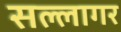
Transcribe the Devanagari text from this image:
सल्लागर